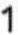
1